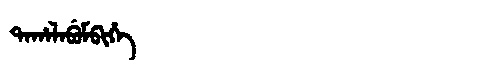
Manchu: ᡨᠠᡥᠠᠯᠠᠪᡠᠮᠪᡳᡥᡝ
Romanization: TAHALABUMBIHE